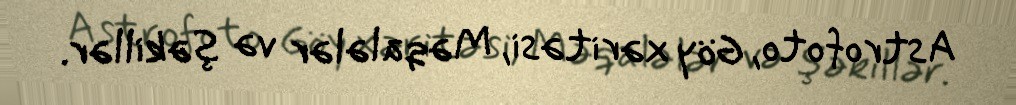
Astrofoto, Göy xəritəsi, Məqalələr və şəkillər.